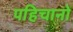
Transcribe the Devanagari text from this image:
पहिचानो